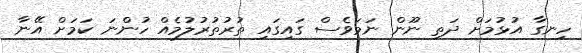
ހިނގާ އުޅުމަށް ދަތި ނޫން ނަމަވެސް ގައިގައި ތުރުތުރުލުމެއް ހުންނަ ކަމަށް އޭނާ